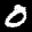
Label: 0